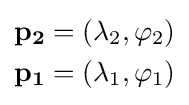
{\begin{aligned}{\bf {p_{2}}}&=(\lambda _{2},\varphi _{2})\\{\bf {p_{1}}}&=(\lambda _{1},\varphi _{1})\end{aligned}}